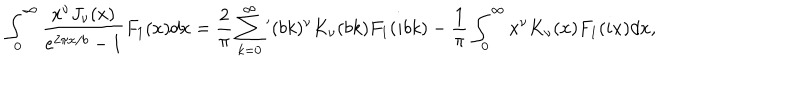
\int _ { 0 } ^ { \infty } { \frac { x ^ { \nu } J _ { \nu } ( x ) } { e ^ { 2 \pi x / b } - 1 } F _ { 1 } ( x ) d x } = \frac { 2 } { \pi } \sum _ { k = 0 } ^ { \infty } { ' } ( b k ) ^ { \nu } K _ { \nu } ( b k ) F _ { 1 } ( i b k ) - \frac { 1 } { \pi } \int _ { 0 } ^ { \infty } { x ^ { \nu } K _ { \nu } ( x ) F _ { 1 } ( i x ) d x } ,